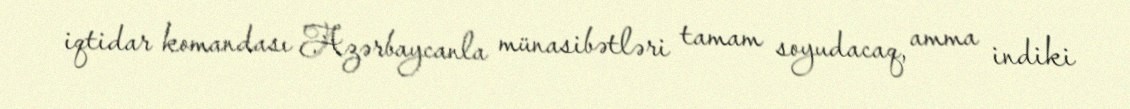
iqtidar komandası Azərbaycanla münasibətləri tamam soyudacaq, amma indiki